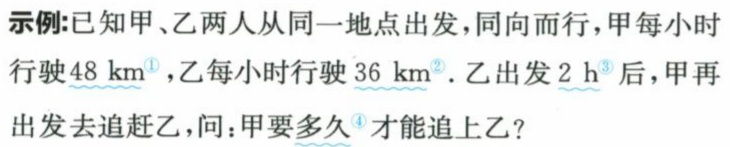
示例:已知甲、乙两人从同一地点出发,同向而行,甲每小时
行驶\(48\ \mathrm{km}^{\textcircled{1}}\),乙每小时行驶\(36\ \mathrm{km}^{\textcircled{2}}\). 乙出发\(2\ \mathrm{h}^{\textcircled{3}}\)后,甲再
出发去追赶乙,问:甲要多久\(^{\textcircled{4}}\)才能追上乙?